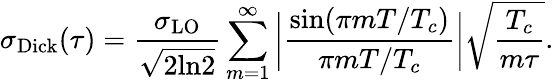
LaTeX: \sigma_{\mathrm{Dick}}(\tau)=\frac{\sigma_{\mathrm{LO}}}{\sqrt{2\mathrm{ln}2}}\sum_{m=1}^{\infty}\bigg|\frac{\mathrm{sin}(\pi mT/T_{c})}{\pi mT/T_{c}}\bigg|\sqrt{\frac{T_{c}}{m\tau}}.